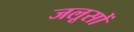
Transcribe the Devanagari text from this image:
जलूसों